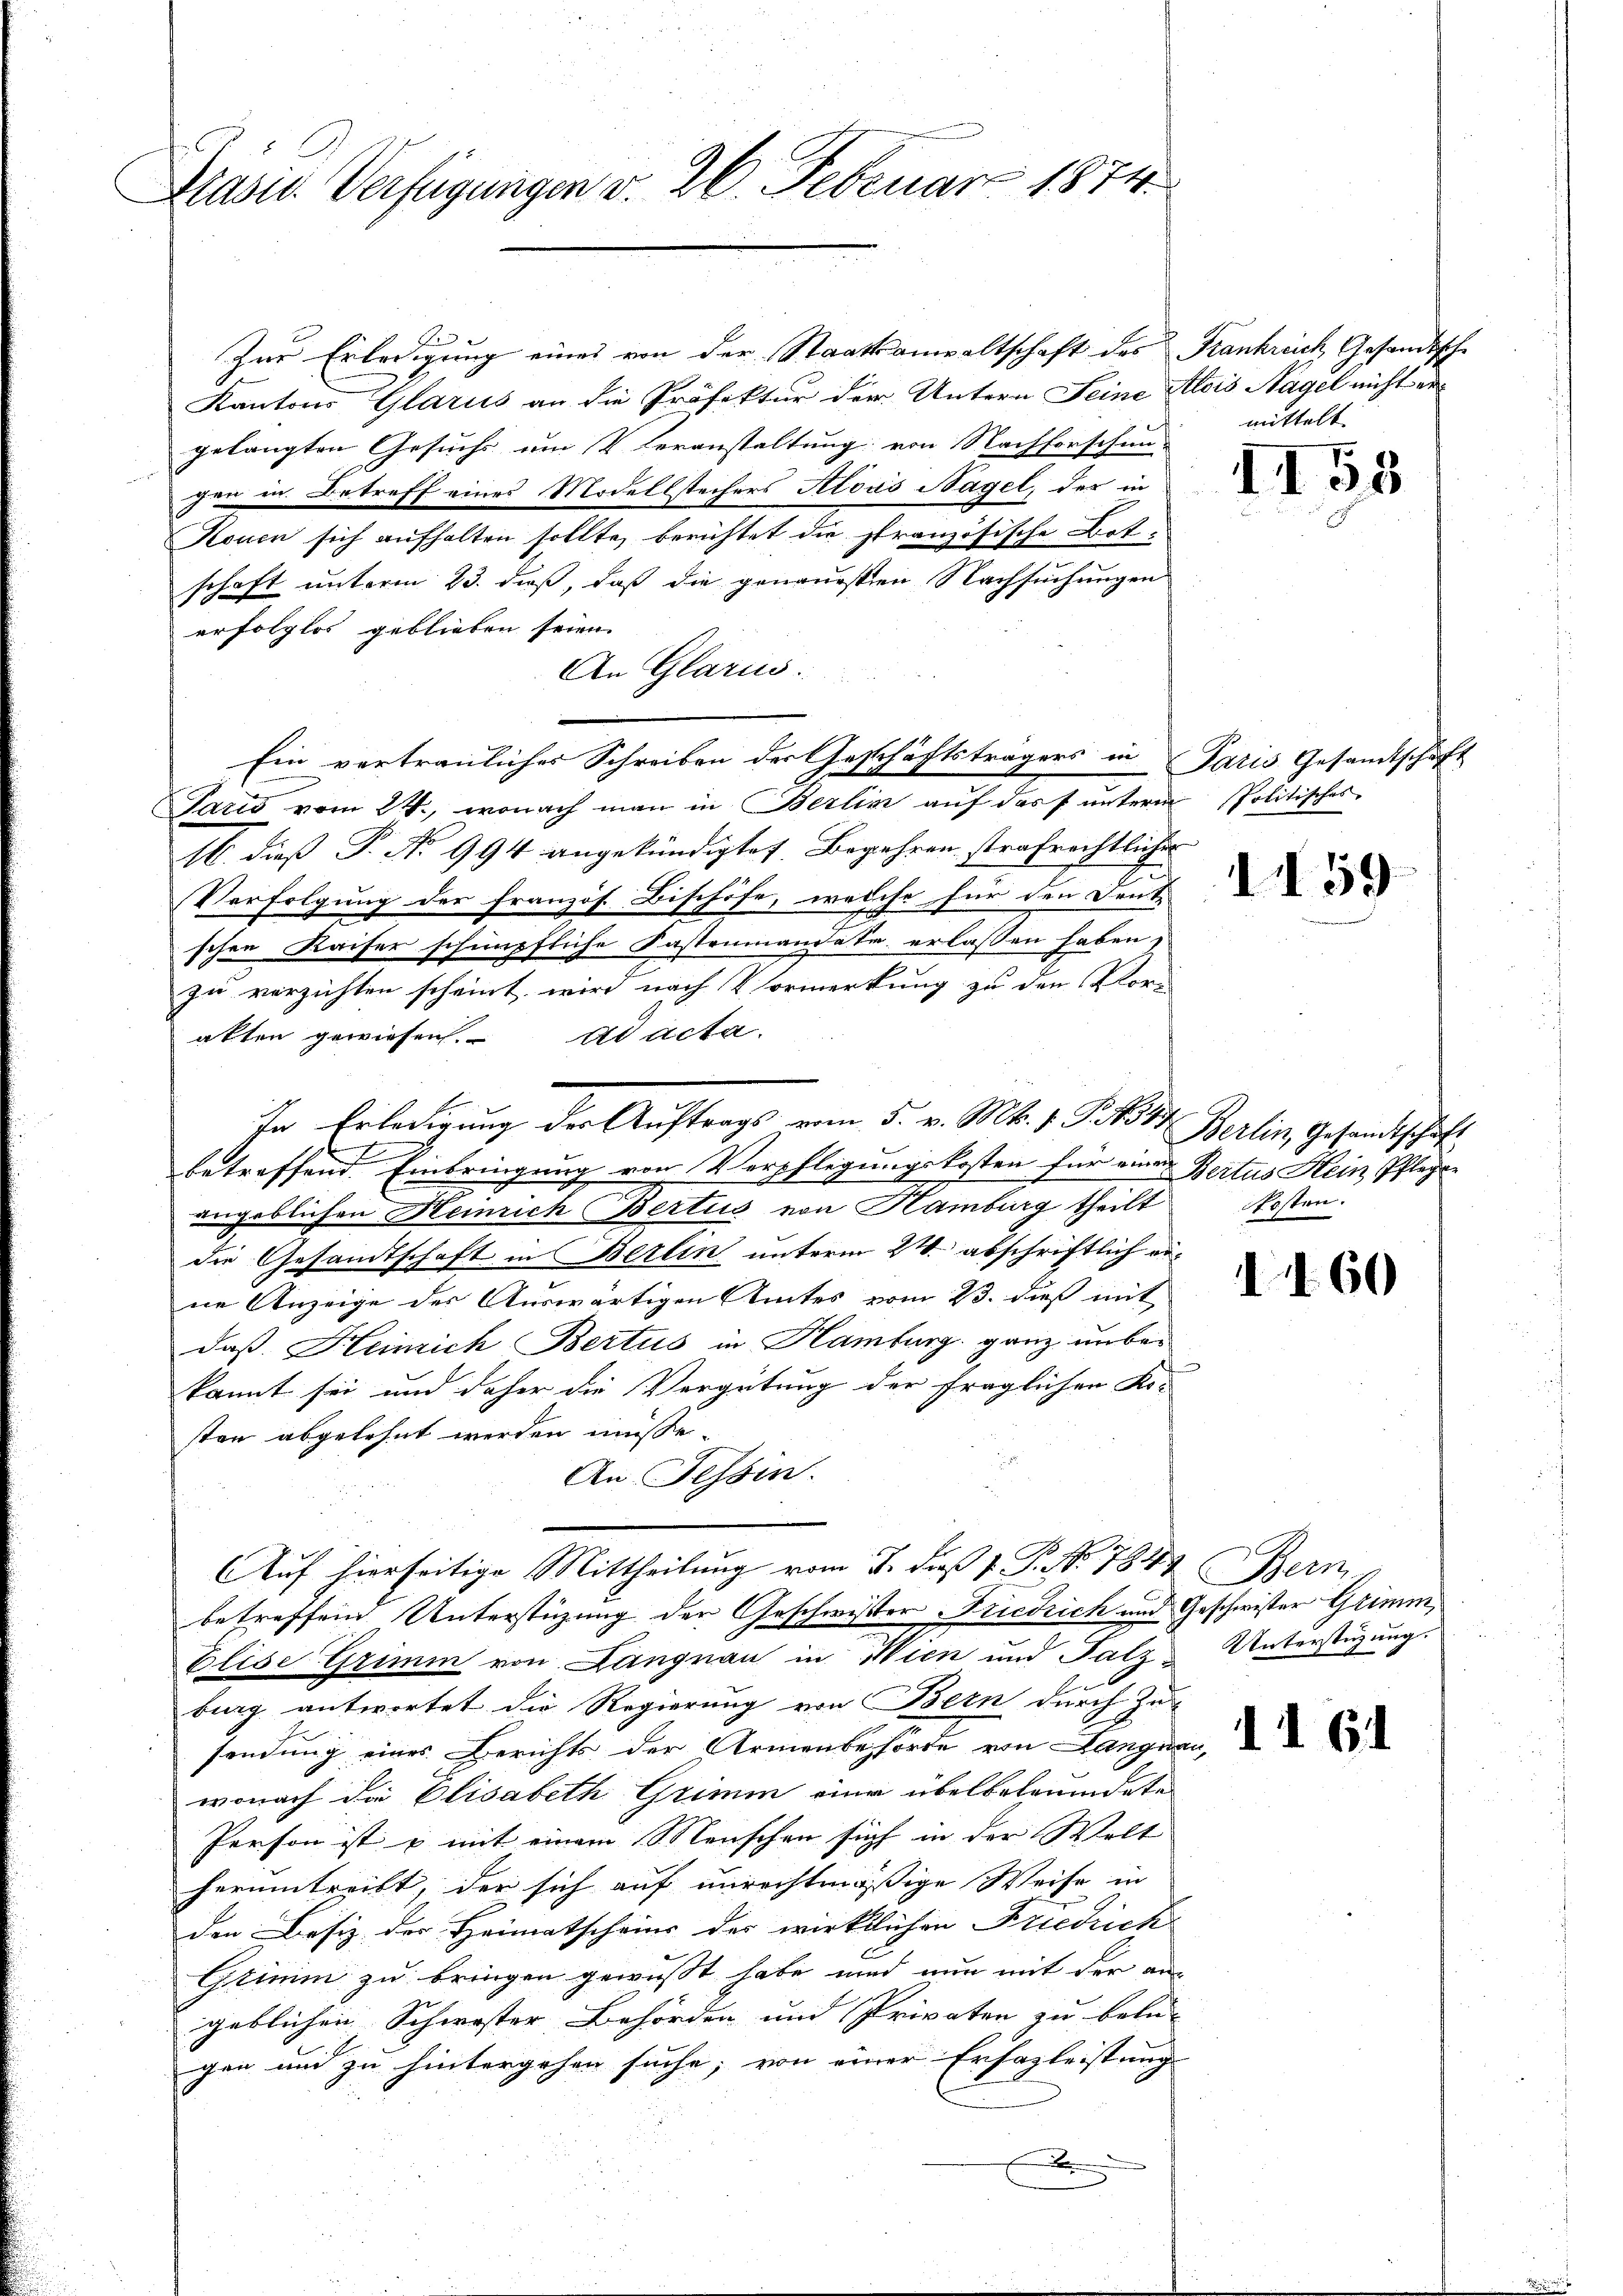
Präses Verfügungen v. 26. Februar 1874.

Zur Erledigung eines von der Staatsanwaltschaft des Frankrech Gesandische
Kantons Glarus an die Präfektur der Untern Seine Alois Nagel nicht ergelangten Gesuchs um V Veranstaltung von Nachforschun-
gen in Betreff eines Modellstechers Alois Nagel, der in
Houen sich aufhalten sollte, berichtet die stranzösische Botschaft unterm 23. dieß, daß die genauesten Nachsuchungen
erfolglos geblieben seien.
An Glarus
Paris vom 24., wonach man in Berlin auf dass unterm Politisches
16. dieß P. No 994 angekündigte Begehren strafrechtlicher
Verfolgung der französ. Bischöfe, welche für den Deute
schen Kaiser schenpfliche Kastenmandate erlassen haben,
zu verzichten scheint, wird nach Vormerkung zu den Vor-
akten gewiesen. ad acta.
betreffend Einbringung von Verpflegungskosten für einen Bertus Hein Pflegte
engeblichen Heinrich Bertus von Hamburg theilt
die Gesandtschaft in Berlin unterm 24. abschriftlich eine Anzeige des Auswärtigen Amtes vom 23. dieß mit
daß Heinrich Bertus in Hamburg, ganz unbekannt sei und daher die Vergütung der fraglichen Re-
sten abgelehnt werden müsse.
An Tessin.
Auf hierseitige Mittheilung vom 3. daß 1. P. Nr. 7844 (Bern
betreffend Unterstüzung der Geschwister Friedrich und Geschwister Grimm
Elise Grimm von Langnau in Wien und Falz Unterstüzung.
burg antwortet die Regierung von Bern durch Zu
sendung eines Berichts der Armenbehörde von Langnau,
wonach die Elisabeth Grimm eine übelbeleumdete
Person ist mit einem Menschen sich in der Welt
herumtreibt, der sich auf unrechtmäßige Weise in
den Besiz der Heimatscheins der wirklichen Friedrich
Grimm zu bringen gewusst habe und nun mit der angeblichen Schwester Behörden und Privaten zu belie
gen und zu hintergehen suche; von einer Ersazleistung
D

In Erledigung der Auftrags vom 5. v. Mt. 1 S. 147. Berlin, Gesandtschaft

Ein vertraulicher Schreiben der Geschäftsträgers in Paris Gesandtschaft

mittelt

158

I59

kosten.

1460

11 61